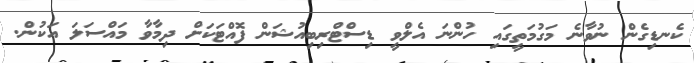
ކެނޑިގެން ނުވާނެ މަގުމަތީގައި ހުންނަ އެލްވީ ޑިސްޓްރިބިއުޝަން ފޮއްޓަކަށް ދިމާވާ މައްސަލަ އަކުން.